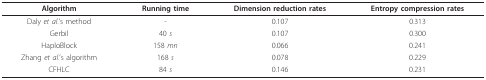
<table><thead><tr><td><b>Algorithm</b></td><td><b>Running time</b></td><td><b>Dimension reduction rates</b></td><td><b>Entropy compression rates</b></td></tr></thead><tbody><tr><td>Daly <i>et al</i>.&#x27;s method</td><td>-</td><td>0.107</td><td>0.313</td></tr><tr><td>Gerbil</td><td>40 <i>s</i></td><td>0.107</td><td>0.300</td></tr><tr><td>HaploBlock</td><td>158 <i>mn</i></td><td>0.066</td><td>0.241</td></tr><tr><td>Zhang <i>et al</i>.&#x27;s algorithm</td><td>168 <i>s</i></td><td>0.078</td><td>0.229</td></tr><tr><td>CFHLC</td><td>84 <i>s</i></td><td>0.146</td><td>0.231</td></tr></tbody></table>